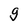
Character: g